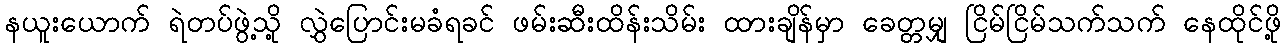
နယူးယောက် ရဲတပ်ဖွဲ့သို့ လွှဲပြောင်းမခံရခင် ဖမ်းဆီးထိန်းသိမ်း ထားချိန်မှာ ခေတ္တမျှ ငြိမ်ငြိမ်သက်သက် နေထိုင်ဖို့